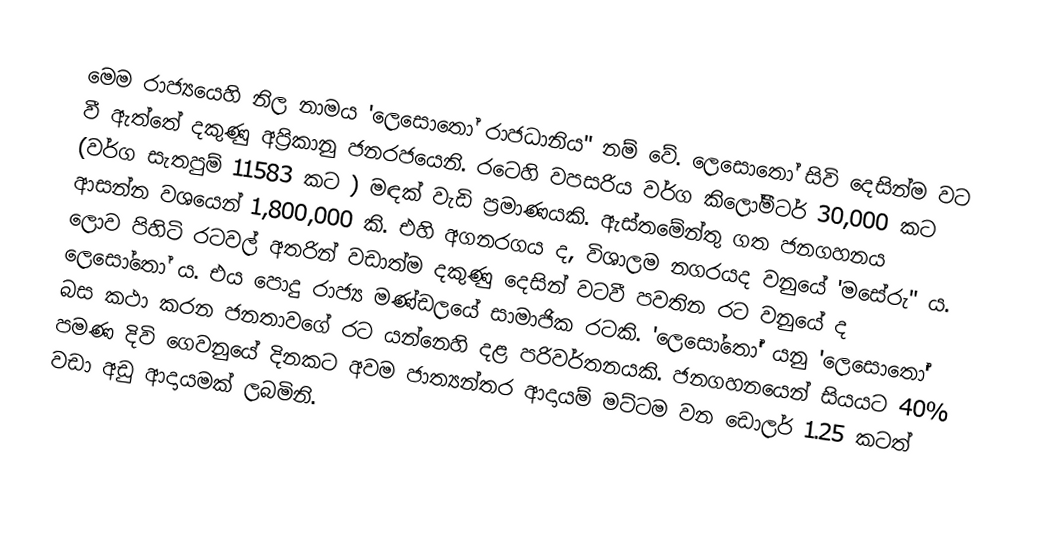
මෙම රාජ්‍යයෙහි නිල නාමය 'ලෙසොතෝ රාජධානිය" නම් වේ. ලෙසොතෝ සිවි දෙසින්ම වට වී ඇත්තේ දකුණු අප්‍රිකානු ජනරජයෙනි.  රටෙහි වපසරිය වර්ග කිලෝමීටර් 30,000 කට (වර්ග සැතපුම් 11583 කට ) මඳක් වැඩි ප්‍රමාණයකි. ඇස්තමේන්තු ගත ජනගහනය ආසන්න වශයෙන් 1,800,000 කි. එහි අගනරගය ද, විශාලම නගරයද වනුයේ 'මසේරු" ය. ලොව පිහිටි රටවල් අතරින් වඩාත්ම දකුණු දෙසින් වටවී පවතින රට වනුයේ ද ලෙසෝ‍තෝ ය. එය පොදු රාජ්‍ය මණ්ඩලයේ සාමාජික රටකි. 'ලෙසෝතෝ' යනු 'ලෙසොතෝ' බස කථා කරන ජනතාවගේ රට යන්නෙහි දළ පරිවර්තනයකි. ජනගහනයෙන් සියයට 40% පමණ දිවි ගෙවනුයේ  දිනකට අවම ජාත්‍යන්තර ආදායම් මට්ටම වන ඩොලර් 1.25 කටත් වඩා අඩු ආදායමක් ලබමිනි.